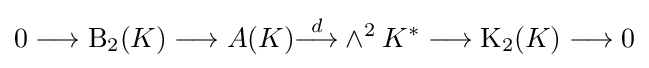
0\longrightarrow \operatorname {B} _{2}(K)\longrightarrow A(K){\stackrel {d}{\longrightarrow }}\wedge ^{2}K^{*}\longrightarrow \operatorname {K} _{2}(K)\longrightarrow 0